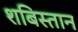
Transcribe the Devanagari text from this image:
शबिस्तान